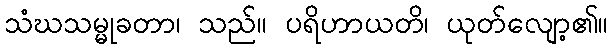
သံဃသမ္မုခတာ၊ သည်။ ပရိဟာယတိ၊ ယုတ်လျော့၏။